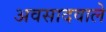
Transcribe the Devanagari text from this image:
अवसादवाले